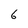
Character: 6